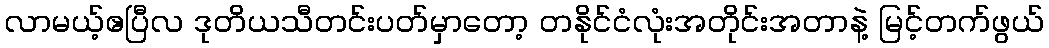
လာမယ့်ဧပြီလ ဒုတိယသီတင်းပတ်မှာတော့ တနိုင်ငံလုံးအတိုင်းအတာနဲ့ မြင့်တက်ဖွယ်